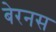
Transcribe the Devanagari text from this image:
बेरनस